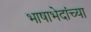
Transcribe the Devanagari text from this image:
भाषाभेदांच्या